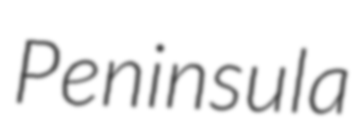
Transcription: Peninsula